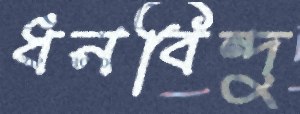
ধনবিন্দু